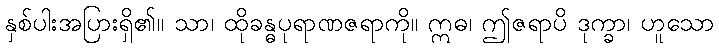
နှစ်ပါးအပြားရှိ၏။ သာ၊ ထိုခန္ဓပုရာဏဇရာကို။ ဣဓ၊ ဤဇရာပိ ဒုက္ခာ၊ ဟူသော